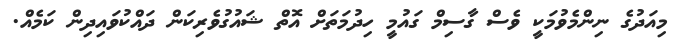
މިއަދުގެ ނިންމެވުމަކީ ވެސް ގާސިމް ގައުމީ ހިދުމަތަށް އޮތް ޝައުގުވެރިކަން ދައްކުވައިދިން ކަމެއް.